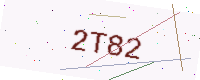
Text: 2T82